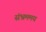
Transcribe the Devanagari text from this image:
संभ्रममय